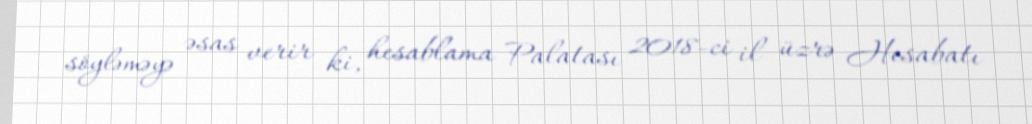
söyləməyə əsas verir ki, hesablama Palatası 2018-ci il üzrə Hesabatı